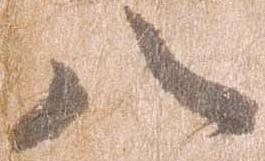
八